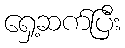
ရှေ့ဆက်ပြီး